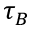
\tau _ { B }